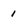
Character: 1